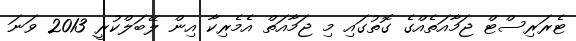
ޓެރަރިސްޓް ޖަމާއަތެއްގެ ގޮތުގައި މި ޖަމާއަތް އެމެރިކާ އިން ލޭބަލްކުރީ 2013 ވަނަ